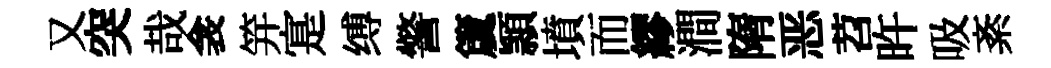
又突哉衾笄寔缚警𥵂頴墳而繆澗隋恶苕旿吸紊